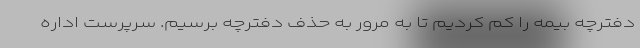
دفترچه بیمه را کم کردیم تا به مرور به حذف دفترچه برسیم. سرپرست اداره